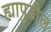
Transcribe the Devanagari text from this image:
ह्यापुढील